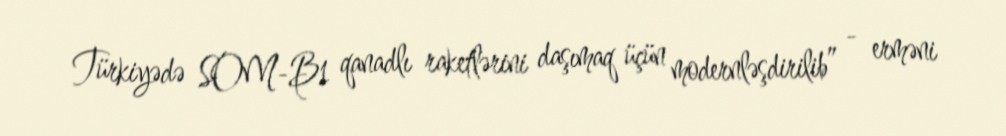
Türkiyədə SOM-B1 qanadlı raketlərini daşımaq üçün modernləşdirilib” - erməni